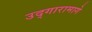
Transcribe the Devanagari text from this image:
उद्गारामागे